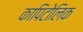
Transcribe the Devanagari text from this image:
कापिटोलिक